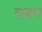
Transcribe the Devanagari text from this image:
छत्रम